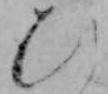
ひ